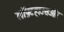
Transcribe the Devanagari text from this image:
लॉफ़्टहाउसऔर